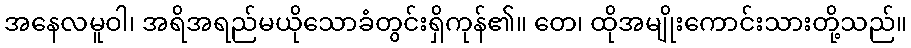
အနေလမူဝါ၊ အရိအရည်မယိုသောခံတွင်းရှိကုန်၏။ တေ၊ ထိုအမျိုးကောင်းသားတို့သည်။